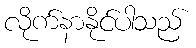
လိုက်နာနိုင်ပါသည်